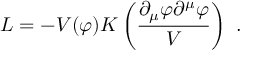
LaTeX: { \cal L } = - V ( \varphi ) K \left( { \frac { \partial _ { \mu } \varphi \partial ^ { \mu } \varphi } { V } } \right) \ .